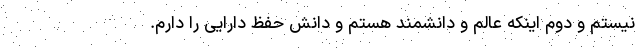
نیستم و دوم اینکه عالم و دانشمند هستم و دانش حفظ دارایی را دارم.